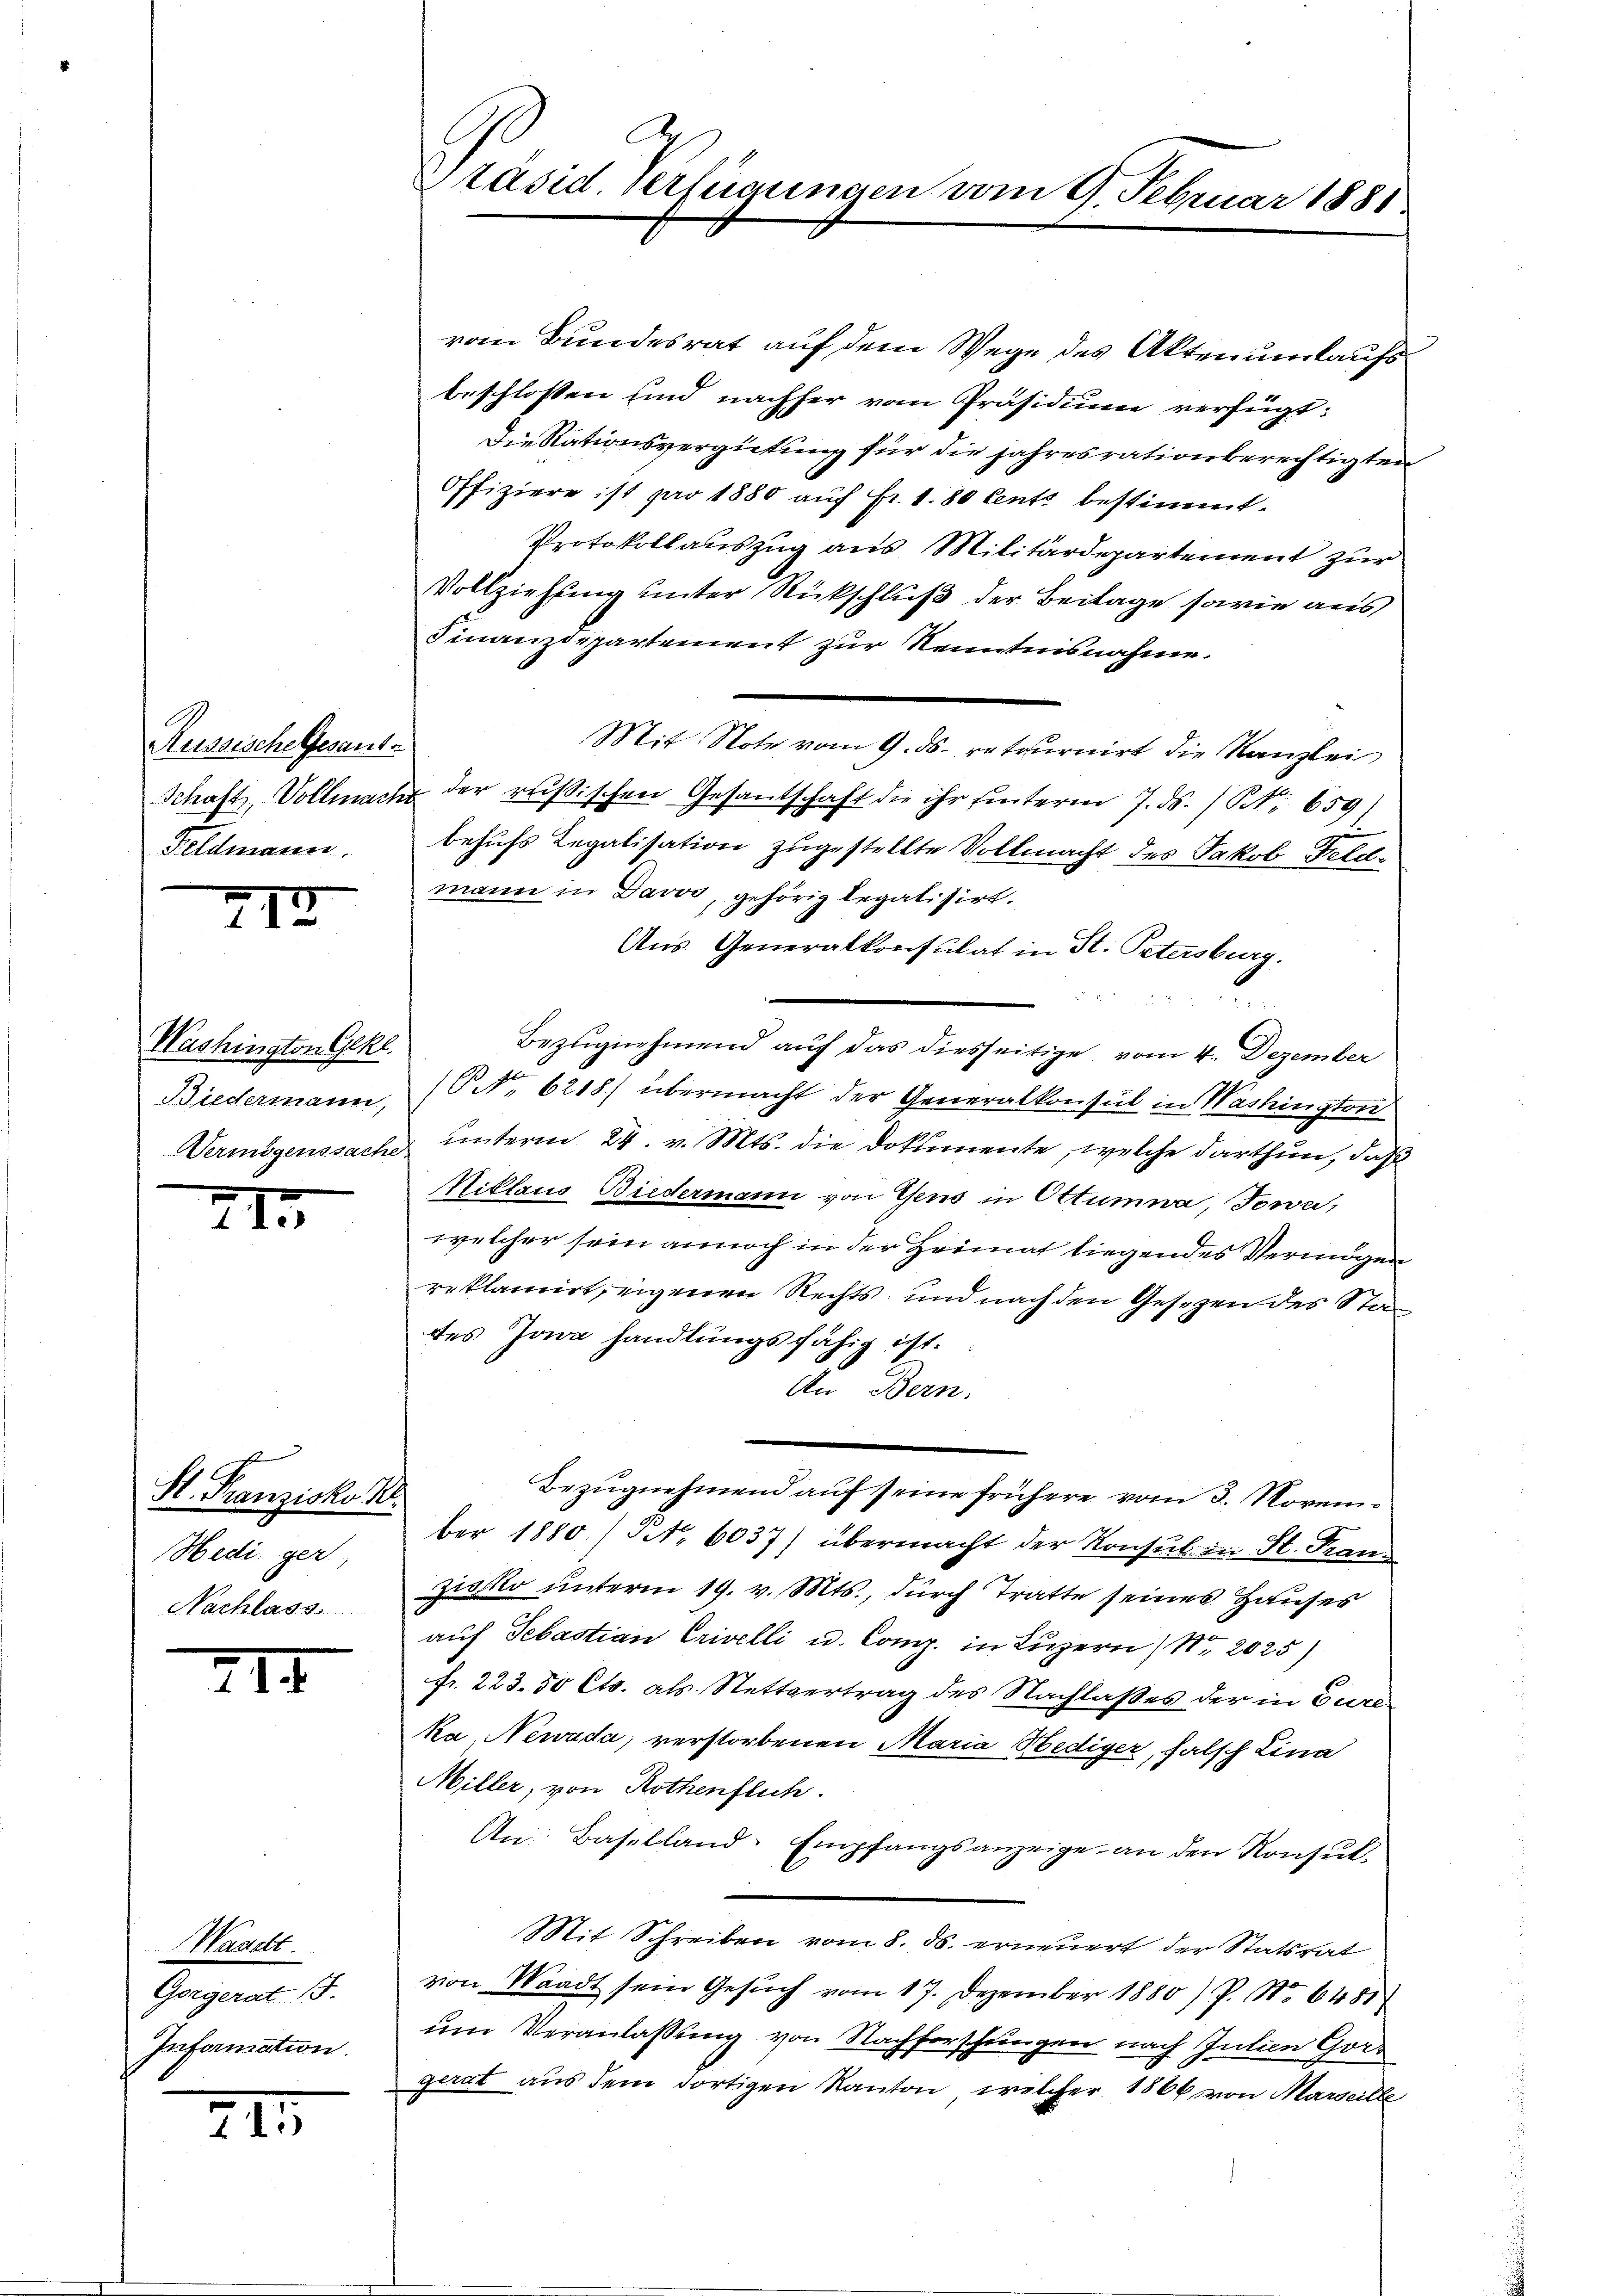
Russische Gesantr
Feldmann.

XII

Washington Gekl
Biedermann,
Vermögenssache

2I

St. Franzisko
Hedigert,
Nachlass.

XII

Waaett
Gorgerat 15.
Information.

241

Präsid. Verfügungen vom 9. Februar 1881

vom Bundesrat auf dem Wege des Akten umlaufs
beschlossen und nachher vom Präsidium verfügt:
Die Nationsvergütung für die jahresrationberechtigten
Offiziere ist pro 1880 auf Fr. 1.80 Centi bestimmt.
Protokollauszug aus Militärdepartement zur
Vollziehung unter Rückschluß der Beilage sowie aus
Finanzdepartement zur Kenntnisnahme.
Mit Note vom 9. ds. retournirt die Kanzlei
Schaft, Vollmache der rusischen Gesantschaft die ihr hinterm 7. ds. / NNo. 659)
behufs Legatisation zugestellte Vollmacht des Jakob Feldmann in Davos, gehörig legalisirt.
Aus Generalkonsulat in St. Petersburg.
Bezugnehmend auf das diesseitige vom 4. Dezember
(NNo. 6218) übermacht der Generalkonsul in Washington
unterm 24. v. Mts. die Dokumente, welche darthun, daß
Niklaus Biedermann von Gens in Ottumwa, Jowa,
welcher sein annoch in der Heimat liegendes Vermögen
reklamirt, eigenen Rechts, und nach den Gesezen des States Jona handlungsfähig ist.
An Bern.
Bezugnehmend auf seine frühere vom 3. Novemi
ber 1880.) St. 6037) übermacht der Konsul in St. Franzissio unterm 19. v. Mts., durch Tratte seines Hauses
auf Sebastian Crivelli u. Comp. in Luzern / Nr. 2025
fr. 223. 50 Cts. als Stettvertrag des Nachlaßes der in Eureka, Newada, verstorbenen Maria Hediger, falsch Lina
Miller, von Rothenflich.
An: Baselland-Empfangsanzeige an den Konsul-
Mit Schreiben vom 8. ds. erneuert der Statsrat
von Waadt sein Gesŭch vom 17. Dezember 1880) P. Nr. 6481
um Veranlassung von Nachforschungen nach Julien Gorgerat aus dem dortigen Kanton, welcher 1866 von Marseille